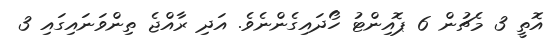
އޮތީ 3 މެޗުން 6 ޕޮއިންޓު ހޯދައިގެންނެވެ. އަދި ރާއްޖެ ތިންވަަނައިގައި 3